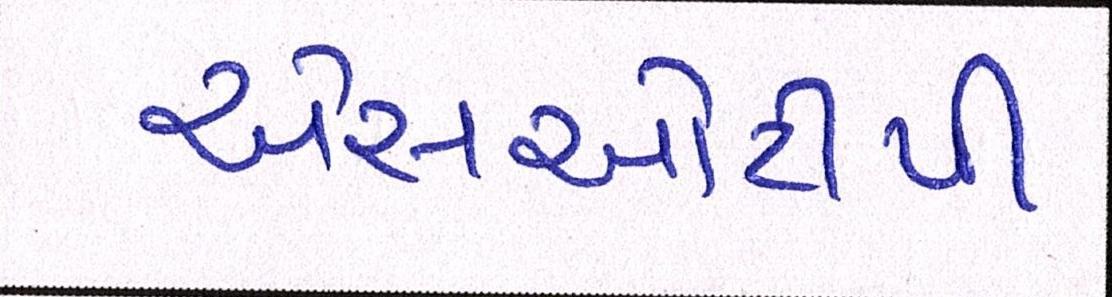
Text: એસઓટીપી